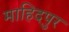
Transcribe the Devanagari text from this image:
माहिदपुर